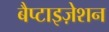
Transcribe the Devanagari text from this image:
बैप्टाइज़ेशन